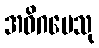
အဓိဂမေသု